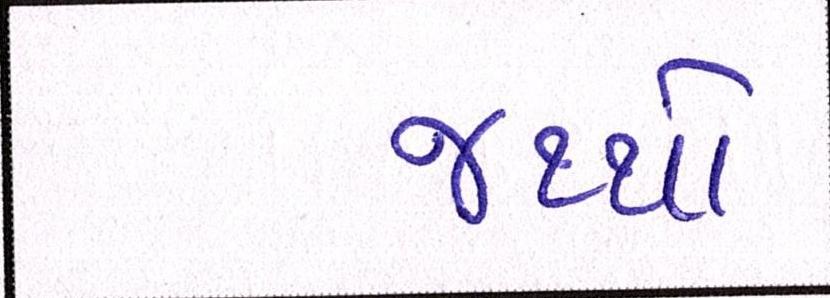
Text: જથ્થો